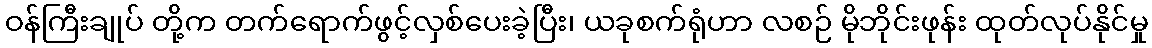
ဝန်ကြီးချုပ် တို့က တက်ရောက်ဖွင့်လှစ်ပေးခဲ့ပြီး၊ ယခုစက်ရုံဟာ လစဉ် မိုဘိုင်းဖုန်း ထုတ်လုပ်နိုင်မှု